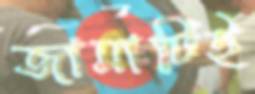
জামাটিই